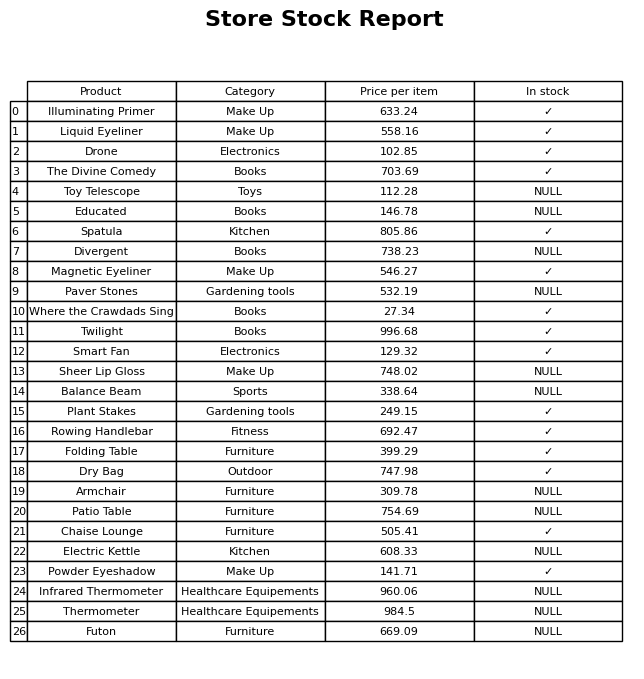
question: What is the price for The Divine Comedy?
answer: The price of The Divine Comedy is 703.69.